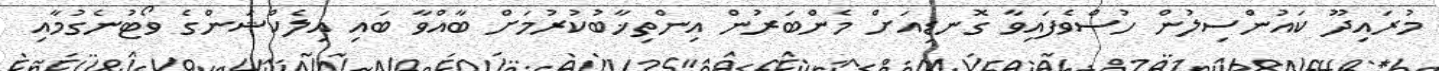
މުރައިދޫ ކައުންސިލުން ހުސްވެފައިވާ ގޮނޑިއަށް މެންބަރުން އިންތިޚާބުކުރުމަށް ބާއްވާ ބައި އިލެކްޝަންގެ ވޯޓުނެގުމާއި